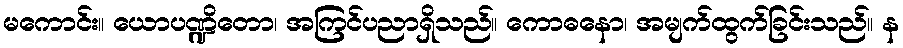
မကောင်း။ ယောပဏ္ဍိတော၊ အကြင်ပညာရှိသည်။ ကောဓနော၊ အမျက်ထွက်ခြင်းသည်။ န